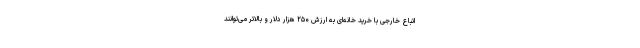
اتباع خارجی با خرید خانه‌ای به ارزش ۲۵۰ هزار دلار و بالاتر می‌توانند